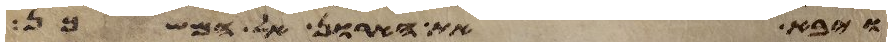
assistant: ויבא את הארון אל המשכן